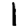
Digit: 1